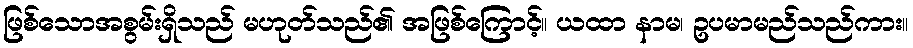
ဖြစ်သောအစွမ်းရှိသည် မဟုတ်သည်၏ အဖြစ်ကြောင့်။ ယထာ နာမ၊ ဥပမာမည်သည်ကား။